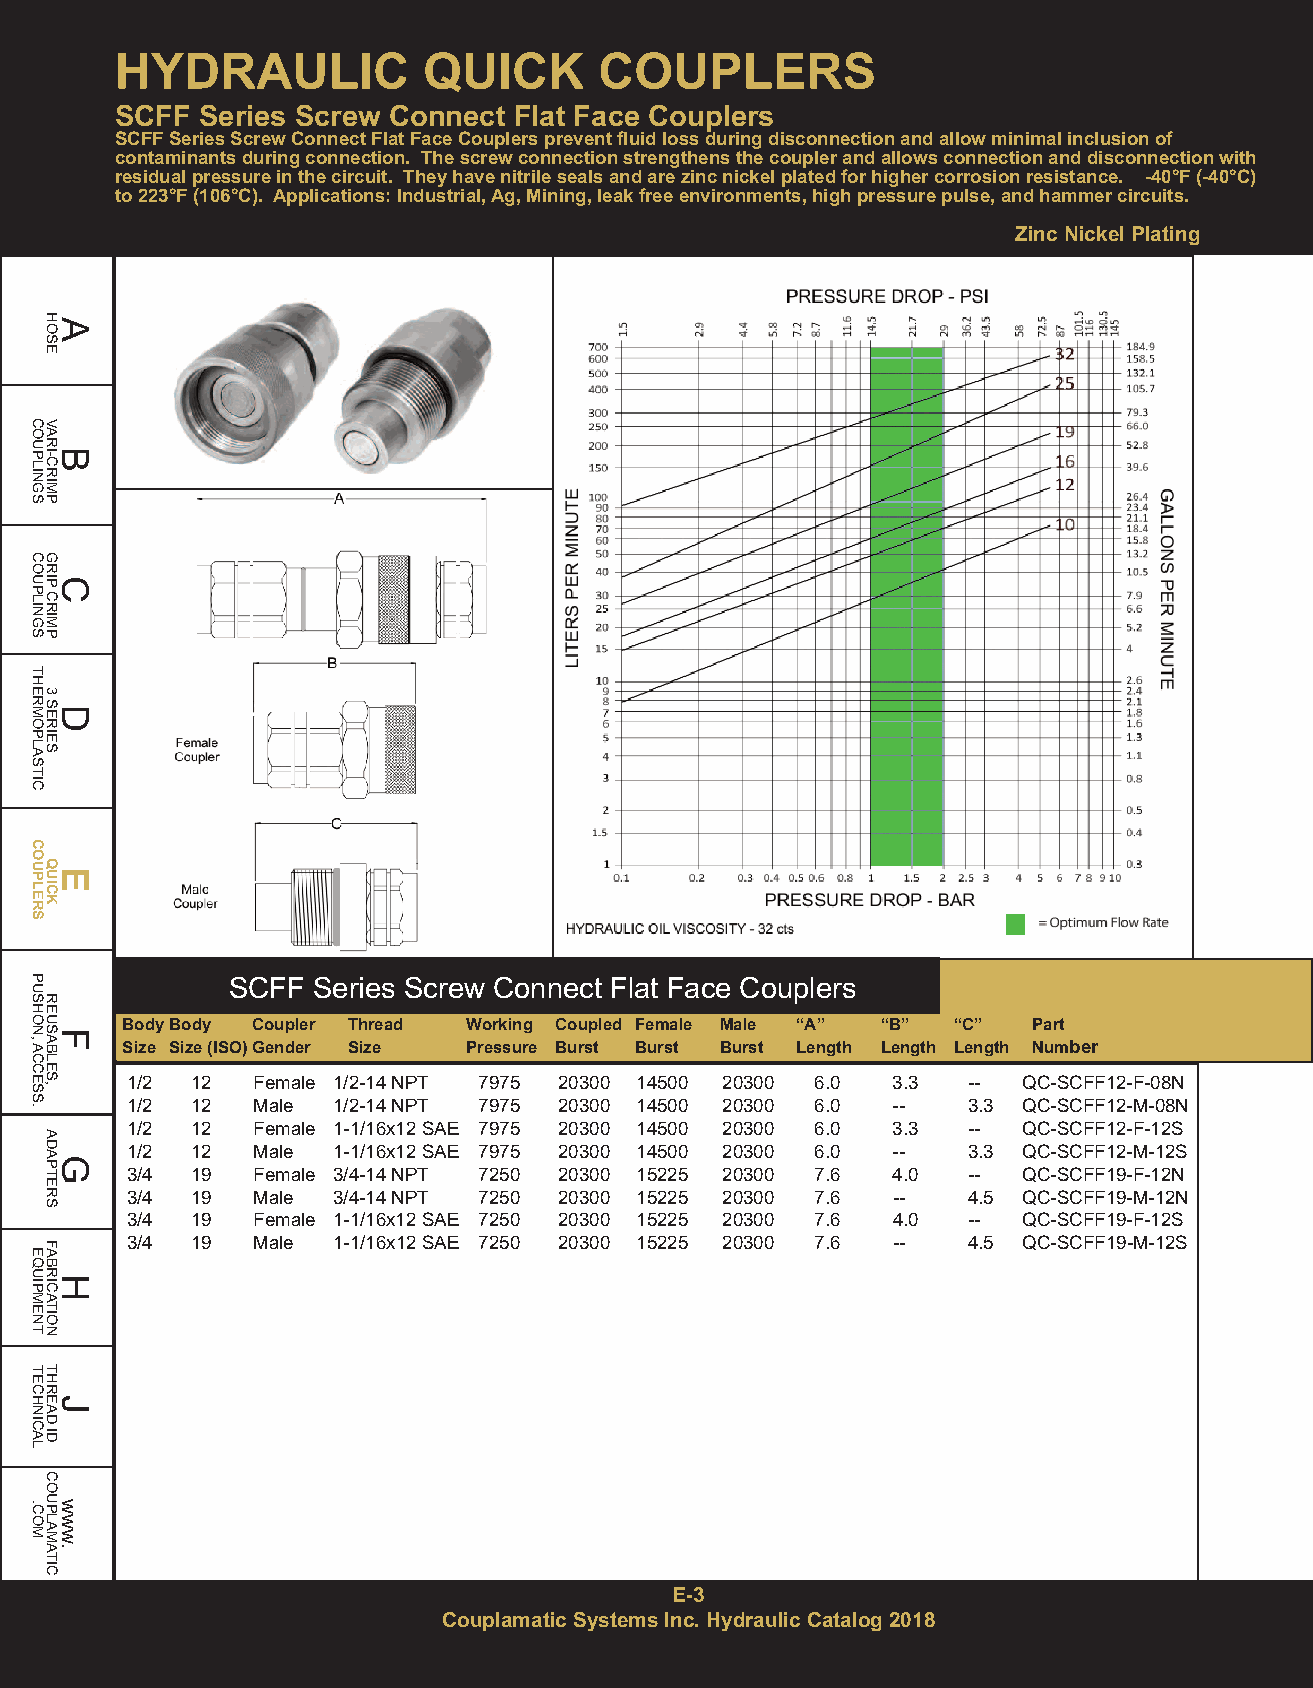
HYDRAULIC           QUICK       COUPLERS
 SCFF Series Screw Connect Flat Face Couplers
 SCFF Series Screw Connect Flat Face Couplers prevent fluid loss during disconnection and allow minimal inclusion of
 contaminants during connection. The screw connection strengthens the coupler and allows connection and disconnection with
 residual pressure in the circuit. They have nitrile seals and are zinc nickel plated for higher corrosion resistance. -40°F (-40°C)
 to 223°F (106°C). Applications: Industrial, Ag, Mining, leak free environments, high pressure pulse, and hammer circuits.
 Zinc Nickel Plating
 SCFF  Series Screw Connect Flat Face Couplers
 Body Body Coupler Thread Working Coupled Female Male “A” “B” “C” Part
 Size Size (ISO) Gender Size Pressure Burst Burst Burst Length Length Length Number
 1/2  12  Female 1/2-14 NPT 7975 20300 14500 20300 6.0 3.3 -- QC-SCFF12-F-08N
 1/2  12  Male 1/2-14 NPT 7975 20300 14500 20300 6.0 --  3.3 QC-SCFF12-M-08N
 1/2  12  Female 1-1/16x12 SAE 7975 20300 14500 20300 6.0 3.3 -- QC-SCFF12-F-12S
 1/2  12  Male 1-1/16x12 SAE 7975 20300 14500 20300 6.0 -- 3.3 QC-SCFF12-M-12S
 3/4  19  Female 3/4-14 NPT 7250 20300 15225 20300 7.6 4.0 -- QC-SCFF19-F-12N
 3/4  19  Male 3/4-14 NPT 7250 20300 15225 20300 7.6 --  4.5 QC-SCFF19-M-12N
 3/4  19  Female 1-1/16x12 SAE 7250 20300 15225 20300 7.6 4.0 -- QC-SCFF19-F-12S
 3/4  19  Male 1-1/16x12 SAE 7250 20300 15225 20300 7.6 -- 4.5 QC-SCFF19-M-12S
 E-3
 Couplamatic Systems Inc. Hydraulic Catalog 2018
 COUPLINGS
 COUPLINGS
 THERMOPLASTIC
 COUPLERS
 PUSHON,ACCESS.
 EQUIPMENT
 TECHNICAL
 .COM
 HAOSE
 VARBI-CRIMP
 GRICP
 CRIMP
 3
 SDERIES
 QEUICK
 REUSFABLES,
 ADAGPTERS
 FABRHICATION
 THREJAD
 ID
 COUPLAMATIC
 www.